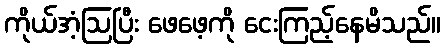
ကိုယ်အံ့ဩပြီး ဖေဖေ့ကို ငေးကြည့်နေမိသည်။